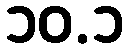
၁၀.၁